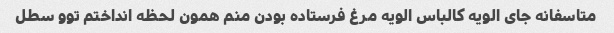
متاسفانه جای الویه کالباس الویه مرغ فرستاده بودن منم همون لحظه انداختم توو سطل